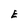
Character: E